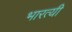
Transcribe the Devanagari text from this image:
भारत्यी